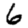
Digit: 6